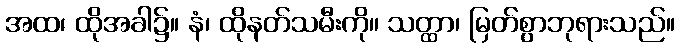
အထ၊ ထိုအခါ၌။ နံ၊ ထိုနတ်သမီးကို။ သတ္ထာ၊ မြတ်စွာဘုရားသည်။